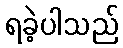
ရခဲ့ပါသည်